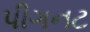
પીગનટ